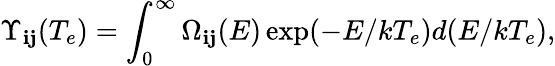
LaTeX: \Upsilon_{\mathbf{i}\mathbf{j}}(T_{e})=\int_{0}^{\infty}\Omega_{\mathbf{i}\mathbf{j}}(E)\exp(-E/kT_{e})d(E/kT_{e}),